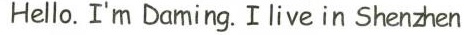
Hello. I'm Daming.I live in Shenhen